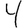
Digit: 4